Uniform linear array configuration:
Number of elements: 16
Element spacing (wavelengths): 0.5
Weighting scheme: blackman
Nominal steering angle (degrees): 30
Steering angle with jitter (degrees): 29.03
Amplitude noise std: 0.05
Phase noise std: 0.05

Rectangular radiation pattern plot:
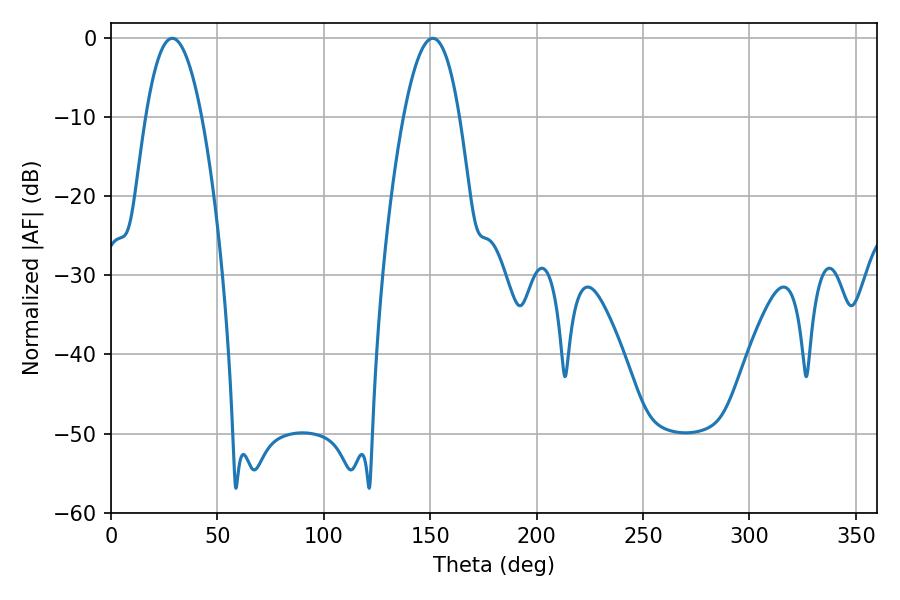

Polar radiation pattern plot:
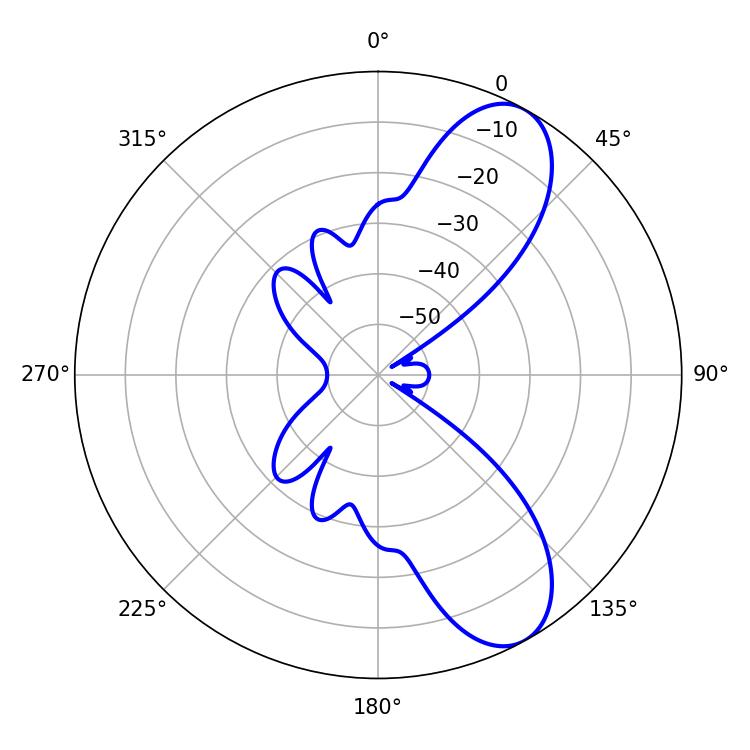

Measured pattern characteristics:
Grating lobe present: FALSE
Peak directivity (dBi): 8.829
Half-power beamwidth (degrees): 14.4
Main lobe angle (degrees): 28.8